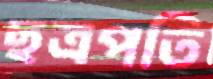
ছত্রপতি